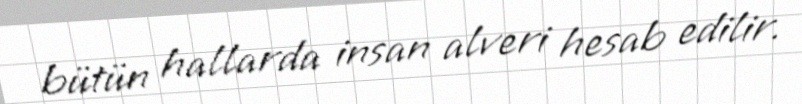
bütün hallarda insan alveri hesab edilir.